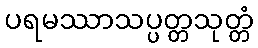
ပရမဿာသပ္ပတ္တသုတ္တံ